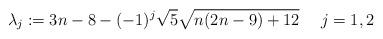
LaTeX: \begin{align*} \lambda_{j}:=3n-8-(-1)^{j}\sqrt{5}\sqrt{n(2n-9)+12}~~~~j=1,2\end{align*}